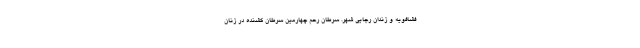
فشافویه و زندان رجایی شهر. سرطان رحم چهارمین سرطان کشنده در زنان